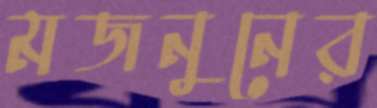
মজনুনের